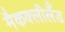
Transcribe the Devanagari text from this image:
मैकक्लीलैंड